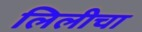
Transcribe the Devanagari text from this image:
लिलीचा